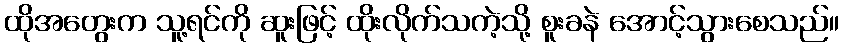
ထိုအတွေးက သူ့ရင်ကို ဆူးဖြင့် ထိုးလိုက်သကဲ့သို့ စူးခနဲ အောင့်သွားစေသည်။